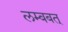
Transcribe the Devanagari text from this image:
लम्बबत्